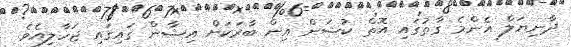
ދާނިޔަލް އެންމެ ގާތުގައި އޮތް ކުޝަން އިން ބާރަކަށް އިޝާން ގައިގައި ޖަހާލިއެވެ.